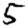
Digit: 5